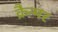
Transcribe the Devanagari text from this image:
क्रैन्मर